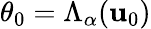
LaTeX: \theta_{0}=\Lambda_{\alpha}(\mathbf{u}_{0})